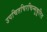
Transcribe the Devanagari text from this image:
उपचितचिरचिन्मुकुरित